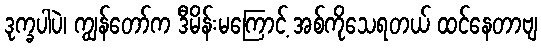
ဒုက္ခပါပဲ၊ ကျွန်တော်က ဒီမိန်းမကြောင့် အစ်ကိုသေရတယ် ထင်နေတာဗျ